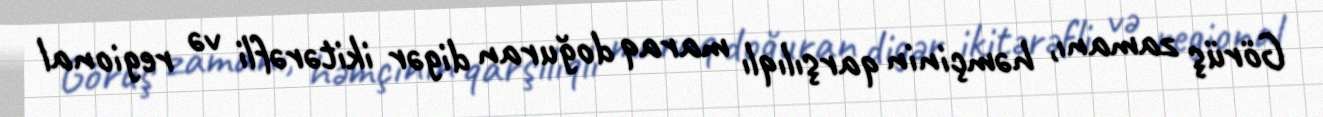
Görüş zamanı, həmçinin qarşılıqlı maraq doğuran digər ikitərəfli və regional